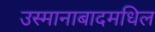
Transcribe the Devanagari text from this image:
उस्मानाबादमधिल